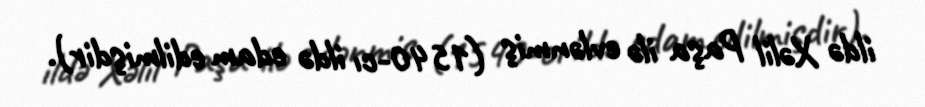
ildə Xəlil Paşa ilə evlənmiş (1540-cı ildə edam edilmişdir).